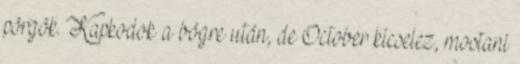
pörgök. Kapkodok a bögre után, de October kicselez, mostani